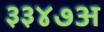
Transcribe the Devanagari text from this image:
३३४७अ